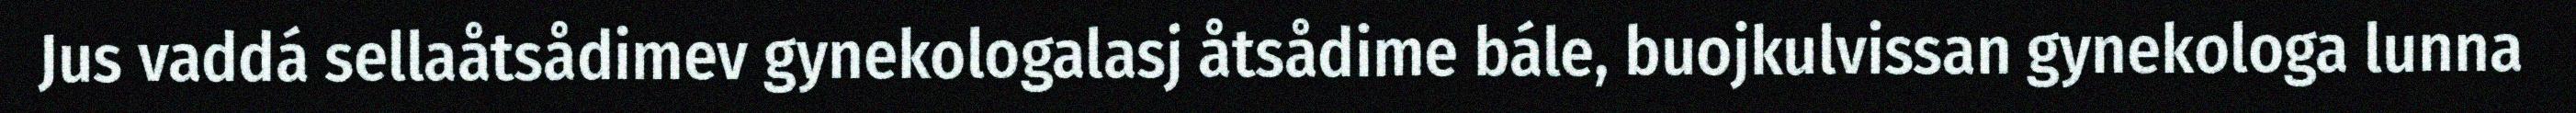
Jus vaddá sellaåtsådimev gynekologalasj åtsådime bále, buojkulvissan gynekologa lunna